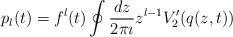
LaTeX: \begin{align*}p_l(t) = f^l(t) \oint \frac{dz}{2\pi \imath} z^{l-1} V_2'(q(z,t))\end{align*}